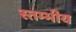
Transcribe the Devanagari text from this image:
स्तम्भीय